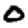
Digit: 0